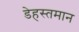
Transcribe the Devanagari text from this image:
डेहस्तमान